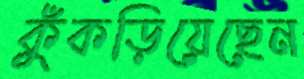
কুঁকড়িয়েছেন